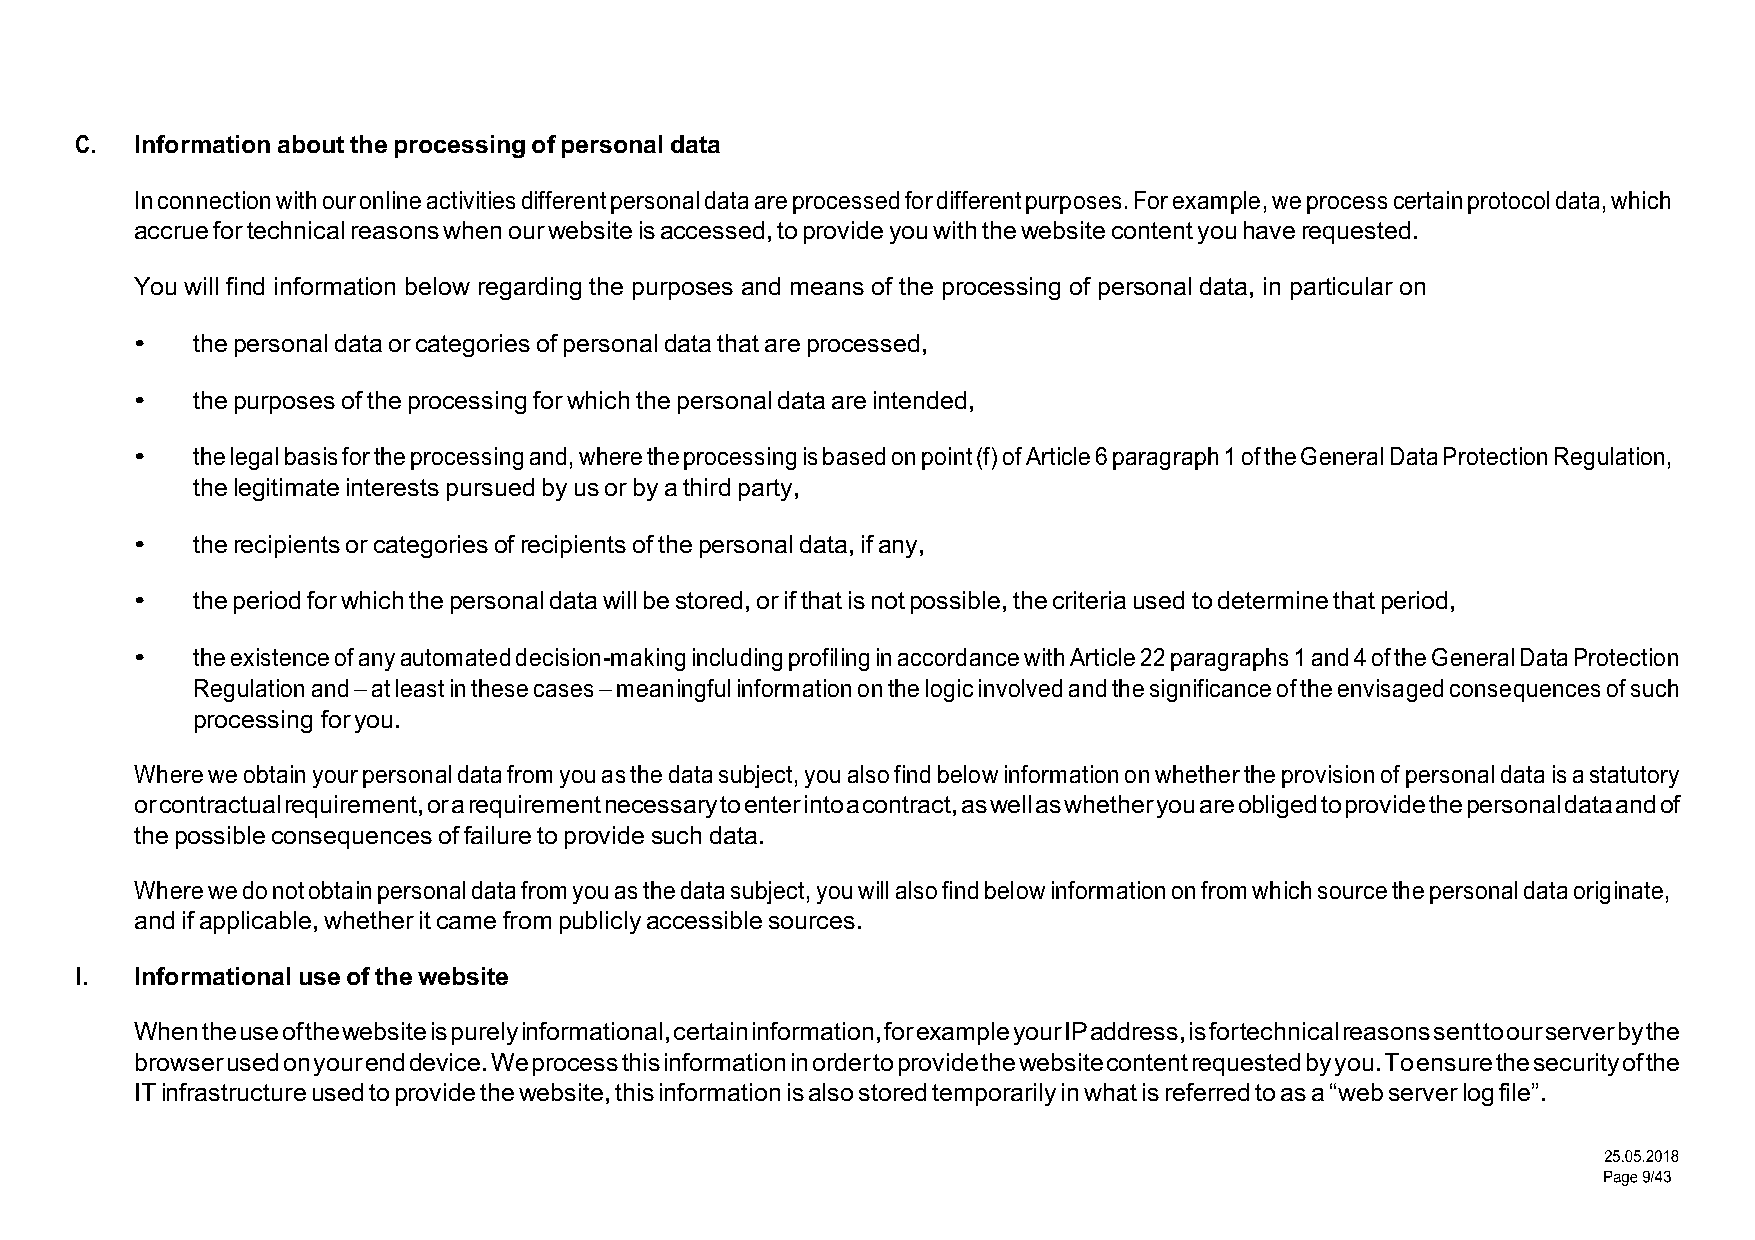
C.  Information about the processing of personal data
 In connection with our online activities different personal data are processed for different purposes. For example, we process certain protocol data, which
 accrue for technical reasons when our website is accessed, to provide you with the website content you have requested.
 You will find information below regarding the purposes and means of the processing of personal data, in particular on
 •   the personal data or categories of personal data that are processed,
 •   the purposes of the processing for which the personal data are intended,
 •   the legal basis for the processing and, where the processing is based on point (f) of Article 6 paragraph 1 of the General Data Protection Regulation,
 the legitimate interests pursued by us or by a third party,
 •   the recipients or categories of recipients of the personal data, if any,
 •   the period for which the personal data will be stored, or if that is not possible, the criteria used to determine that period,
 •   the existence of any automated decision-making including profiling in accordance with Article 22 paragraphs 1 and 4 of the General Data Protection
 Regulation and – at least in these cases – meaningful information on the logic involved and the significance of the envisaged consequences of such
 processing for you.
 Where we obtain your personal data from you as the data subject, you also find below information on whether the provision of personal data is a statutory
 or contractual requirement, or a requirement necessary to enter into a contract, as well as whether you are obliged to provide the personal data and of
 the possible consequences of failure to provide such data.
 Where we do not obtain personal data from you as the data subject, you will also find below information on from which source the personal data originate,
 and if applicable, whether it came from publicly accessible sources.
 I.  Informational use of the website
 When the use of the website is purely informational, certain information, for example your IP address, is for technical reasons sent to our server by the
 browser used on your end device. We process this information in order to provide the website content requested by you. To ensure the security of the
 IT infrastructure used to provide the website, this information is also stored temporarily in what is referred to as a “web server log file”.